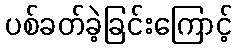
ပစ်ခတ်ခဲ့ခြင်းကြောင့်